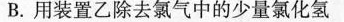
B.用装置乙除去氯气中的少量氯化氢